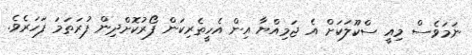
ނަމަވެސް މިއީ ސްކޫލަކަށް އެ ޖަމިއްޔާ އިން އެހީތެރިކަން ފޯރުކޮށްދިން ފުރަތަމަ ފަހަރެވެ.